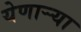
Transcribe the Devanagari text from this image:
येणाऱ्र्‍या